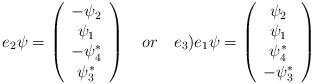
LaTeX: \begin{align*}e_{2}\psi =\left( \begin{array}{c}-{\psi _{2}} \\ {\psi _{1}} \\ -{\psi _{4}^{*}} \\ {\psi _{3}^{*}}\end{array}\right) \quad or\quad e_{3}\mathbf{)}e_{1}\psi =\left( \begin{array}{c}{\psi _{2}} \\ {\psi _{1}} \\ {\psi _{4}^{*}} \\ -{\psi _{3}^{*}}\end{array}\right)\end{align*}